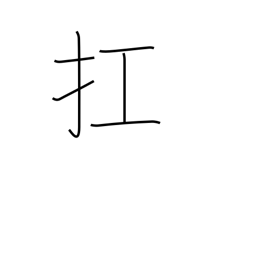
Meaning: raise